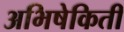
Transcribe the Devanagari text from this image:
अभिषेकिती